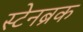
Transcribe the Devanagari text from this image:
स्टेनब्रक